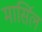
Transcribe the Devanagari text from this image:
मार्सिल